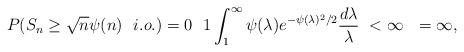
LaTeX: \begin{align*}P(S_n \ge \sqrt{n}\psi(n) \ \ i.o.)= 0 \ \ 1 \int_1^\infty \psi(\lambda) e^{-\psi(\lambda)^2/2} \frac{d\lambda}{\lambda}\ < \infty \ \ =\infty , \end{align*}